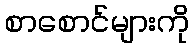
စာစောင်များကို